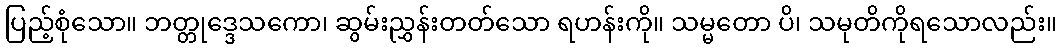
ပြည့်စုံသော။ ဘတ္တုဒ္ဒေသကော၊ ဆွမ်းညွှန်းတတ်သော ရဟန်းကို။ သမ္မတော ပိ၊ သမုတိကိုရသောလည်း။